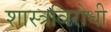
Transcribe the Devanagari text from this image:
शास्त्रविरोधी